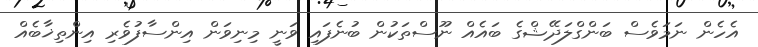
އެހެން ނަމަވެސް ބަންގްލަދޭޝްގެ ބައެއް ނޫސްތަކުން ބުނެފައި ވަނީ މިނިވަން އިންސާފުވެރި އިންތިޚާބެއް